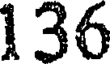
136